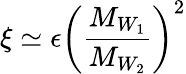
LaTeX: \xi\simeq\epsilon\left(\frac{M_{W_{1}}}{M_{W_{2}}}\right)^{2}